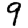
Digit: 9